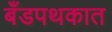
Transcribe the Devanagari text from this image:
बँडपथकात